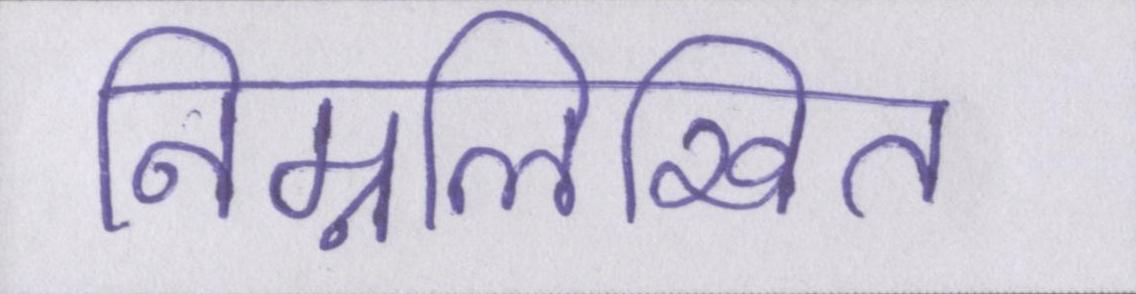
निम्नलिखित